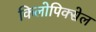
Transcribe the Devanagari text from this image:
किलोपिक्सेल